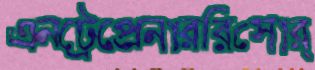
এনট্রেপ্রেনাররিসোর্